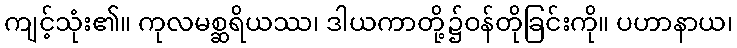
ကျင့်သုံး၏။ ကုလမစ္ဆရိယဿ၊ ဒါယကာတို့၌ဝန်တိုခြင်းကို။ ပဟာနာယ၊